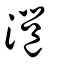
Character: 灉